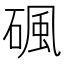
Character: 碸